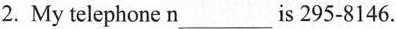
2. My telephone n___is 295-8146.